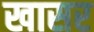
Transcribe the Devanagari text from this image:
खासर